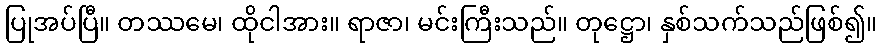
ပြုအပ်ပြီ။ တဿမေ၊ ထိုငါအား။ ရာဇာ၊ မင်းကြီးသည်။ တုဋ္ဌော၊ နှစ်သက်သည်ဖြစ်၍။